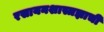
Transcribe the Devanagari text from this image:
रसायनशास्त्रज्ञाची